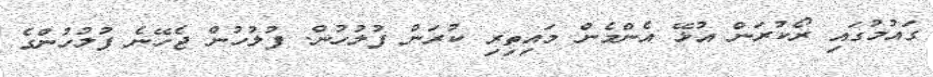
ގައުމުގައި ރޯކުރަން އުޅޭ އެންމެން މައިތިރި ކުރަން ފުލުހުން. ފުލުހުން ޖެހޭނެ ފުލުހުންގެ